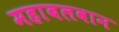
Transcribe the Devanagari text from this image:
महाबलवान